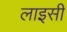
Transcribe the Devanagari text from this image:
लाइसी